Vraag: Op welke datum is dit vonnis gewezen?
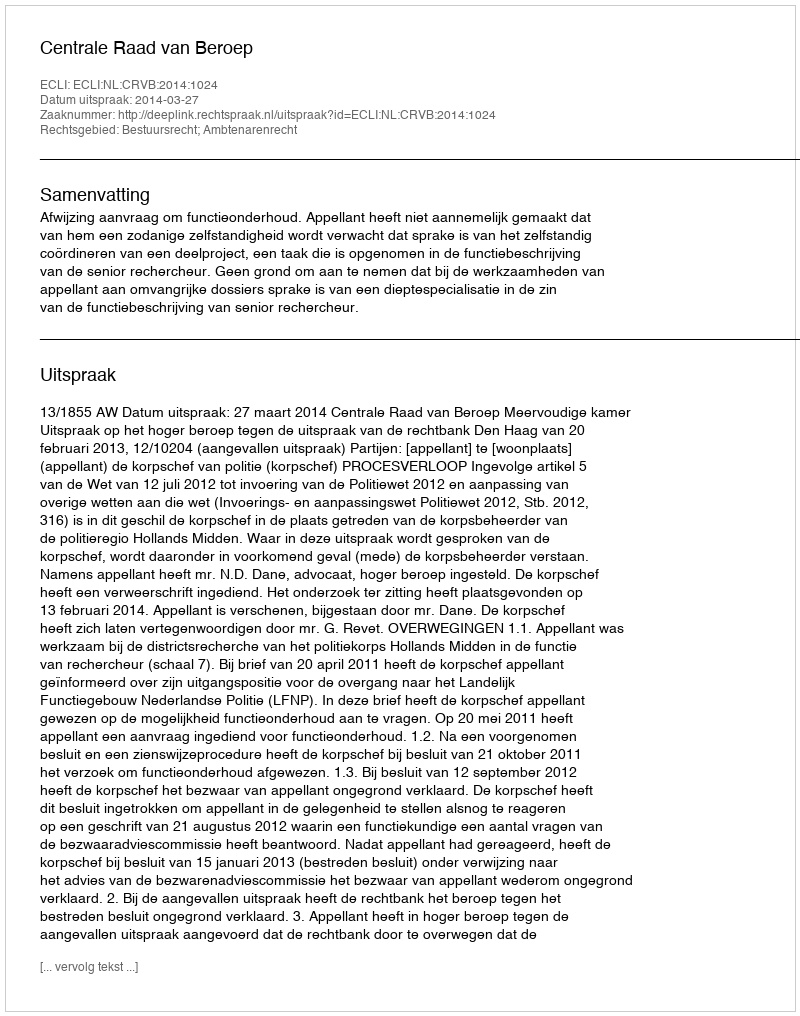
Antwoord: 2014-03-27